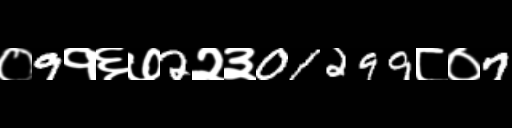
Text: ०9१६७2२३01299८०7